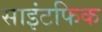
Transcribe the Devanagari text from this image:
साइंटफिक